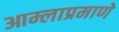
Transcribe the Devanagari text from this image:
आम्लाप्रमाणे